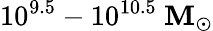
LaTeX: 10^{9.5}-10^{10.5}~\mathbf{M}_{\odot}